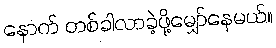
နောက် တစ်ခါလာခဲ့ဖို့မျှော်နေမယ်။